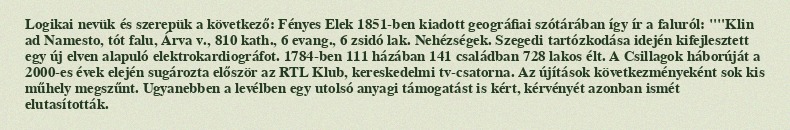
Logikai nevük és szerepük a következő: Fényes Elek 1851-ben kiadott geográfiai szótárában így ír a faluról: ""Klin ad Namesto, tót falu, Árva v., 810 kath., 6 evang., 6 zsidó lak. Nehézségek. Szegedi tartózkodása idején kifejlesztett egy új elven alapuló elektrokardiográfot. 1784-ben 111 házában 141 családban 728 lakos élt. A Csillagok háborúját a 2000-es évek elején sugározta először az RTL Klub, kereskedelmi tv-csatorna. Az újítások következményeként sok kis műhely megszűnt. Ugyanebben a levélben egy utolsó anyagi támogatást is kért, kérvényét azonban ismét elutasították.